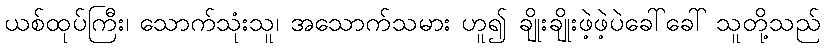
ယစ်ထုပ်ကြီး၊ သောက်သုံးသူ၊ အသောက်သမား ဟူ၍ ချိုးချိုးဖဲ့ဖဲ့ပဲခေါ်ခေါ် သူတို့သည်